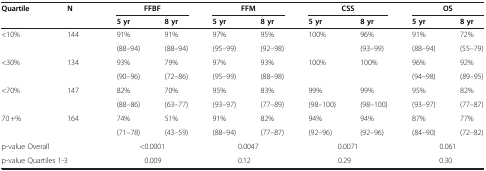
<table><thead><tr><td rowspan="2"><b>Quartile</b></td><td rowspan="2"><b>N</b></td><td colspan="2"><b>FFBF</b></td><td colspan="2"><b>FFM</b></td><td colspan="2"><b>CSS</b></td><td colspan="2"><b>OS</b></td></tr><tr><td><b>5 yr</b></td><td><b>8 yr</b></td><td><b>5 yr</b></td><td><b>8 yr</b></td><td><b>5 yr</b></td><td><b>8 yr</b></td><td><b>5 yr</b></td><td><b>8 yr</b></td></tr></thead><tbody><tr><td>&lt;10%</td><td>144</td><td>91%</td><td>91%</td><td>97%</td><td>95%</td><td>100%</td><td>96%</td><td>91%</td><td>72%</td></tr><tr><td> </td><td> </td><td>(88–94)</td><td>(88–94)</td><td>(95–99)</td><td>(92–98)</td><td> </td><td>(93–99)</td><td>(88–94)</td><td>(55–79)</td></tr><tr><td>&lt;30%</td><td>134</td><td>93%</td><td>79%</td><td>97%</td><td>93%</td><td>100%</td><td>100%</td><td>96%</td><td>92%</td></tr><tr><td> </td><td> </td><td>(90–96)</td><td>(72–86)</td><td>(95–99)</td><td>(88–98)</td><td> </td><td> </td><td>(94–98)</td><td>(89–95)</td></tr><tr><td>&lt;70%</td><td>147</td><td>82%</td><td>70%</td><td>95%</td><td>83%</td><td>99%</td><td>99%</td><td>95%</td><td>82%</td></tr><tr><td> </td><td> </td><td>(88–86)</td><td>(63–77)</td><td>(93–97)</td><td>(77–89)</td><td>(98–100)</td><td>(98–100)</td><td>(93–97)</td><td>(77–87)</td></tr><tr><td>70 +%</td><td>164</td><td>74%</td><td>51%</td><td>91%</td><td>82%</td><td>94%</td><td>94%</td><td>87%</td><td>77%</td></tr><tr><td> </td><td> </td><td>(71–78)</td><td>(43–59)</td><td>(88–94)</td><td>(77–87)</td><td>(92–96)</td><td>(92–96)</td><td>(84–90)</td><td>(72–82)</td></tr><tr><td colspan="2">p-value Overall</td><td colspan="2">&lt;0.0001</td><td colspan="2">0.0047</td><td colspan="2">0.0071</td><td colspan="2">0.061</td></tr><tr><td colspan="2">p-value Quartiles 1-3</td><td colspan="2">0.009</td><td colspan="2">0.12</td><td colspan="2">0.29</td><td colspan="2">0.30</td></tr></tbody></table>